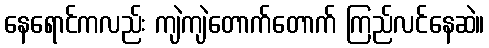
နေရောင်ကလည်း ကျဲကျဲတောက်တောက် ကြည်လင်နေဆဲ။